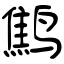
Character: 鹪